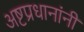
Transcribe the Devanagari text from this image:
अष्टप्रधानांनी